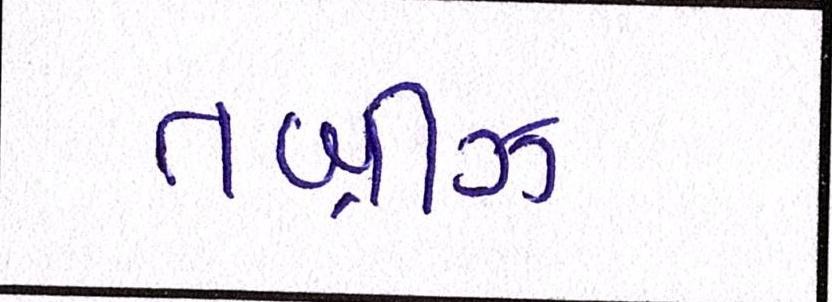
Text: તબ્રીઝ